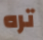
تره